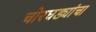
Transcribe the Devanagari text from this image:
चोरघड्यांचा